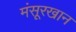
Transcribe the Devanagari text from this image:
मंसूरखान